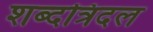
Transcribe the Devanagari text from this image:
शब्दत्रिदल